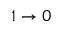
1 \rightarrow 0